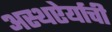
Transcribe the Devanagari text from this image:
अस्थऐर्याची